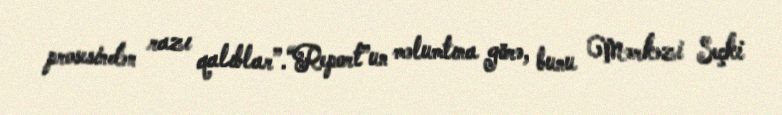
prosesindən razı qalıblar”.“Report”un məlumtına görə, bunu Mərkəzi Seçki